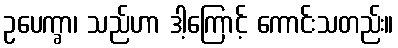
ဥပေက္ခာ၊ သည်ဟာ ဒါ့ကြောင့် ကောင်းသတည်း။